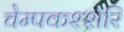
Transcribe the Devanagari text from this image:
चेम्पकश्शेरि